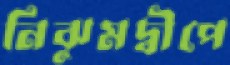
নিঝুমদ্বীপে